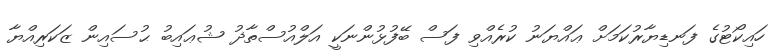
ހައިކޯޓުގެ ފަނޑިޔާރުކަމަށް ޢައްޔަނު ކުރެއްވި ފަސް ބޭފުޅުންނަކީ އަލްއުސްތާޛު ޝުޢައިބު ޙުސައިން ޒަކަރިއްޔާ